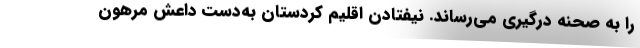
را به صحنه درگیری می‌رساند. نیفتادن اقلیم کردستان به‌دست داعش مرهون